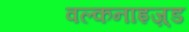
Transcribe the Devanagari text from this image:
वल्कनाइज़्ड